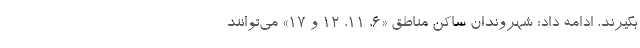
بگیرند، ادامه داد: شهروندان ساکن مناطق «۶، ۱۱، ۱۲ و ۱۷» می‌توانند